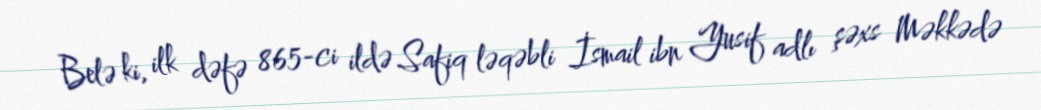
Belə ki, ilk dəfə 865-ci ildə Safiq ləqəbli İsmail ibn Yusif adlı şəxs Məkkədə